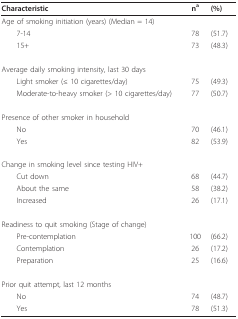
<table><thead><tr><td><b>Characteristic</b></td><td><b>n<sup>a</sup></b></td><td><b>(%)</b></td></tr></thead><tbody><tr><td colspan="3">Age of smoking initiation (years) (Median = 14)</td></tr><tr><td> 7-14</td><td>78</td><td>(51.7)</td></tr><tr><td> 15+</td><td>73</td><td>(48.3)</td></tr><tr><td>Average daily smoking intensity, last 30 days</td><td></td><td></td></tr><tr><td> Light smoker (≤ 10 cigarettes/day)</td><td>75</td><td>(49.3)</td></tr><tr><td> Moderate-to-heavy smoker (&gt; 10 cigarettes/day)</td><td>77</td><td>(50.7)</td></tr><tr><td>Presence of other smoker in household</td><td></td><td></td></tr><tr><td> No</td><td>70</td><td>(46.1)</td></tr><tr><td> Yes</td><td>82</td><td>(53.9)</td></tr><tr><td>Change in smoking level since testing HIV+</td><td></td><td></td></tr><tr><td> Cut down</td><td>68</td><td>(44.7)</td></tr><tr><td> About the same</td><td>58</td><td>(38.2)</td></tr><tr><td> Increased</td><td>26</td><td>(17.1)</td></tr><tr><td>Readiness to quit smoking (Stage of change)</td><td></td><td></td></tr><tr><td> Pre-contemplation</td><td>100</td><td>(66.2)</td></tr><tr><td> Contemplation</td><td>26</td><td>(17.2)</td></tr><tr><td> Preparation</td><td>25</td><td>(16.6)</td></tr><tr><td>Prior quit attempt, last 12 months</td><td></td><td></td></tr><tr><td> No</td><td>74</td><td>(48.7)</td></tr><tr><td> Yes</td><td>78</td><td>(51.3)</td></tr></tbody></table>